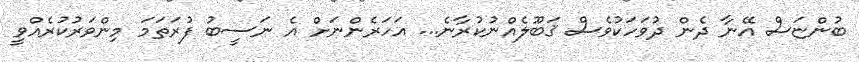
ބުންޏަސް އޭނާ ދެން ދުވަހަކުވެސް ޤަބޫލެއްނުކުރާނެ... އަހަރެންނަށް އެ ނަސީބު ފުރަތަމަ މިންވަރުކުރެއްވީ